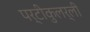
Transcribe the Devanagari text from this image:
पर्टीकुलर्ली